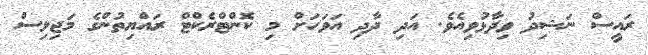
ރައީސް ނަޝިދު ވިދާޅުވިއެވެ. އަދި ދާދި އަވަހަށް މި ކޮންޓްރެކްޓް ރައްޔިތުންގެ މަޖިލިސް